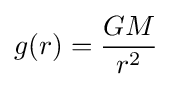
g(r)={\frac {GM}{r^{2}}}